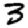
Digit: 3